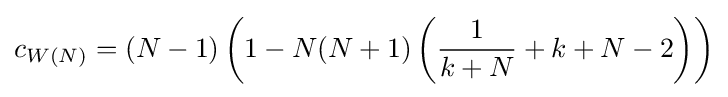
c_{W(N)}=(N-1)\left(1-N(N+1)\left({\frac {1}{k+N}}+k+N-2\right)\right)